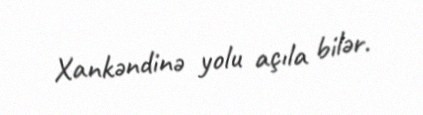
Xankəndinə yolu açıla bilər.